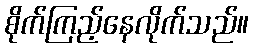
စိုက်ကြည့်နေလိုက်သည်။